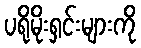
ပရိုမိုးရှင်းများကို